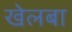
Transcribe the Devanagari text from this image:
खेलबा